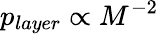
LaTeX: p_{layer}\propto M^{-2}